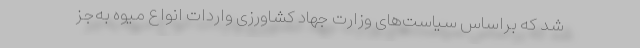
شد که براساس سیاست‌های وزارت جهاد کشاورزی واردات انواع میوه به‌جز